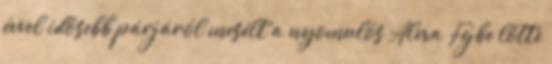
évvel idősebb párjáról mesélt a nyomulós Alexa Fejbe lőtte